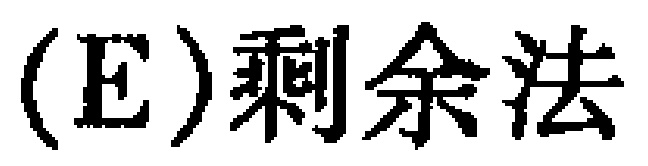
（E）剩余法